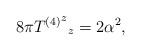
LaTeX: \begin{align*}8\pi {{T^{(4)}}^z}_{z}= 2\alpha^2, \end{align*}